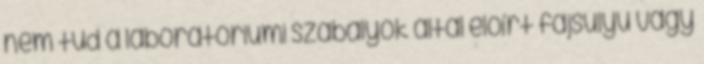
nem tud a laboratóriumi szabályok által előírt fajsúlyú vagy